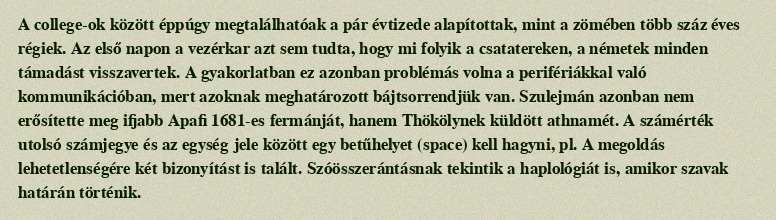
A college-ok között éppúgy megtalálhatóak a pár évtizede alapítottak, mint a zömében több száz éves régiek. Az első napon a vezérkar azt sem tudta, hogy mi folyik a csatatereken, a németek minden támadást visszavertek. A gyakorlatban ez azonban problémás volna a perifériákkal való kommunikációban, mert azoknak meghatározott bájtsorrendjük van. Szulejmán azonban nem erősítette meg ifjabb Apafi 1681-es fermánját, hanem Thökölynek küldött athnamét. A számérték utolsó számjegye és az egység jele között egy betűhelyet (space) kell hagyni, pl. A megoldás lehetetlenségére két bizonyítást is talált. Szóösszerántásnak tekintik a haplológiát is, amikor szavak határán történik.